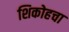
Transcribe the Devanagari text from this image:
शिकोहचा